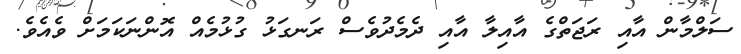
ސަލްމާން އާއި ރަޖަތްގެ އާއިލާ އާއި ދެމެދުވެސް ރަނގަޅު ގުޅުމެއް އޮންނަކަމަށް ވެއެވެ.